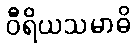
ဝီရိယသမာဓိ